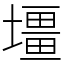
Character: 壃